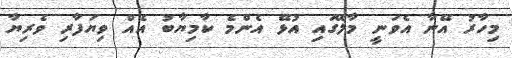
މިހާރު އޭނާ އެވަނީ މާލޭގައި އުޅޭ އެންމެ ކާމިޔާބު އެއް ވިޔަފާރި ވެރިޔާ